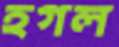
হগল